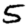
Digit: 5